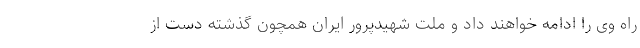
راه وی را ادامه خواهند داد و ملت شهیدپرور ایران همچون گذشته دست از